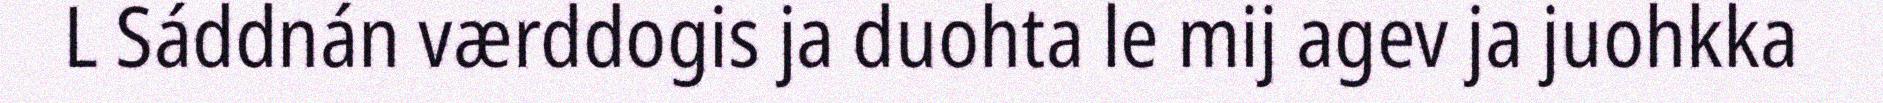
L Sáddnán værddogis ja duohta le mij agev ja juohkka